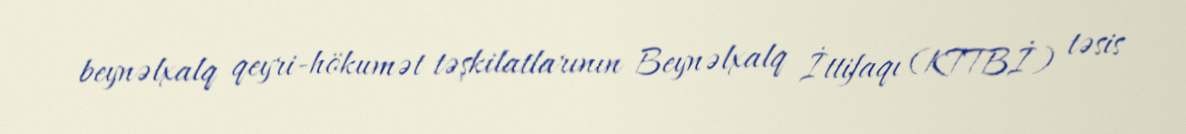
beynəlxalq qeyri-hökumət təşkilatlarının Beynəlxalq İttifaqı (KTTBİ) təsis